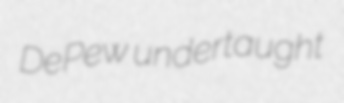
DePew undertaught